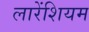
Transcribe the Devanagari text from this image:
लारेंशियम